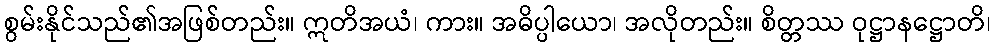
စွမ်းနိုင်သည်၏အဖြစ်တည်း။ ဣတိအယံ၊ ကား။ အဓိပ္ပါယော၊ အလိုတည်း။ စိတ္တဿ ဝုဋ္ဌာနဋ္ဌောတိ၊